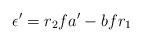
LaTeX: \begin{align*}\epsilon^\prime=r_2 fa^\prime-bfr_1\end{align*}